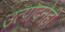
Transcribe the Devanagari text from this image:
उत्पादनेही